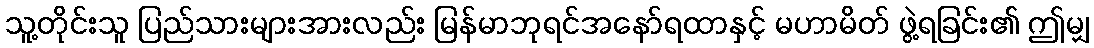
သူ့တိုင်းသူ ပြည်သားများအားလည်း မြန်မာဘုရင်အနော်ရထာနှင့် မဟာမိတ် ဖွဲ့ရခြင်း၏ ဤမျှ